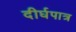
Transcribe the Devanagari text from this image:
दीर्घपात्र